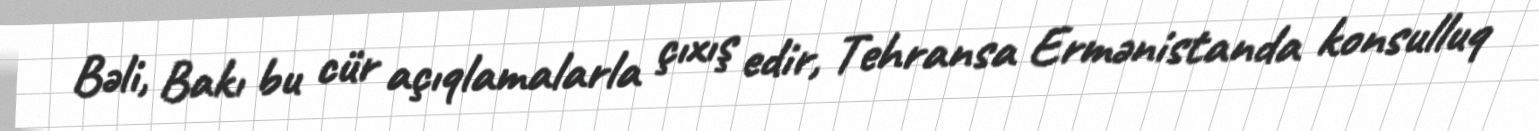
Bəli, Bakı bu cür açıqlamalarla çıxış edir, Tehransa Ermənistanda konsulluq